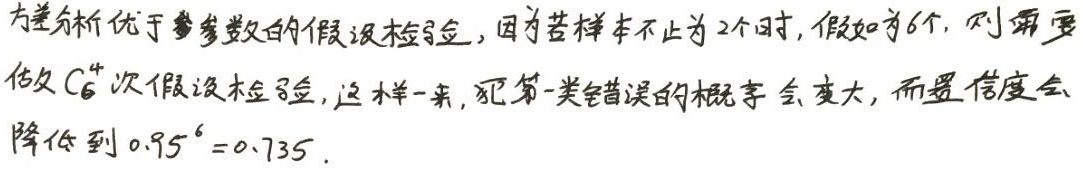
方差分析优于参数的假设检验，因为若样本不止为2个时，假如为6个，则需要做\(C_{6}^{2}\)次假设检验，这样一来，犯第一类错误的概率会变大，而置信度会降低到\(0.95^{C_{6}^{2}} = 0.735\)。